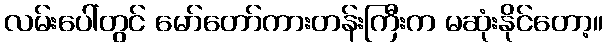
လမ်းပေါ်တွင် မော်တော်ကားတန်းကြီးက မဆုံးနိုင်တော့။